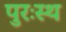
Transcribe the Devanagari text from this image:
पुरःस्थ